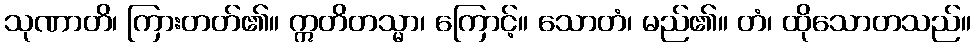
သုဏာတိ၊ ကြားတတ်၏။ ဣတိတသ္မာ၊ ကြောင့်။ သောတံ၊ မည်၏။ တံ၊ ထိုသောတသည်။